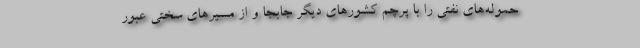
حموله‌های نفتی را با پرچم کشورهای دیگر جابجا و از مسیرهای سختی عبور